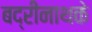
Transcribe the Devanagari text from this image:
बद्रीनाथके